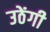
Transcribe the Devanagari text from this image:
उठेंगी